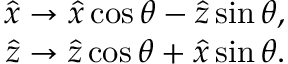
\begin{array} { r } { \widehat { x } \rightarrow \widehat { x } \cos \theta - \widehat { z } \sin \theta , } \\ { \widehat { z } \rightarrow \widehat { z } \cos \theta + \widehat { x } \sin \theta . } \end{array}